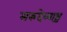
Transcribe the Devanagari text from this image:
मरुदेव्याश्च